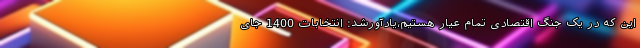
این که در یک جنگ اقتصادی تمام عیار هستیم،یادآورشد: انتخابات 1400 جای